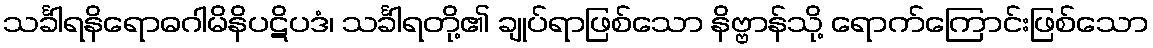
သင်္ခါရနိရောဓဂါမိနိပဋိပဒံ၊ သင်္ခါရတို့၏ ချုပ်ရာဖြစ်သော နိဗ္ဗာန်သို့ ရောက်ကြောင်းဖြစ်သော